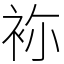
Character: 袮